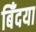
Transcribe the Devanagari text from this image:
बिँदया